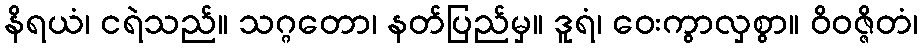
နိရယံ၊ ငရဲသည်။ သဂ္ဂတော၊ နတ်ပြည်မှ။ ဒူရံ၊ ဝေးကွာလှစွာ။ ဝိဝဇ္ဇိတံ၊